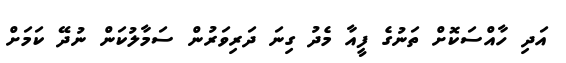
އަދި ހާއްސަކޮށް ތަނުގެ ފީއާ މެދު ގިނަ ދަރިވަރުން ސަމާލުކަން ނުދޭ ކަމަށް